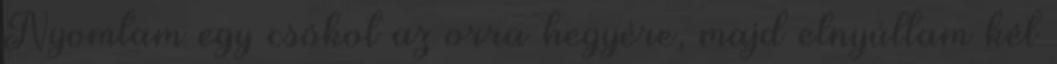
Nyomtam egy csókot az orra hegyére, majd elnyúltam két